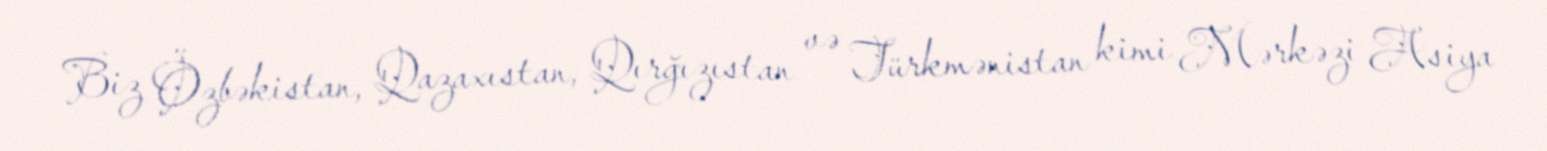
Biz Özbəkistan, Qazaxıstan, Qırğızıstan və Türkmənistan kimi Mərkəzi Asiya